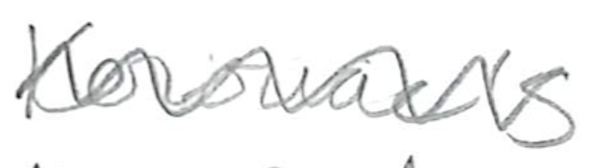
Text: Kerouac's
Cross-out: zig-zag
Writing tool: pencil